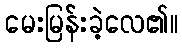
မေးမြန်းခဲ့လေ၏။